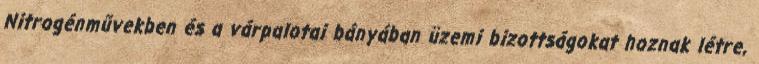
Nitrogénművekben és a várpalotai bányában üzemi bizottságokat hoznak létre,